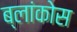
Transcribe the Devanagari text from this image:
ब्लांकोस